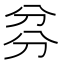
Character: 𠔑